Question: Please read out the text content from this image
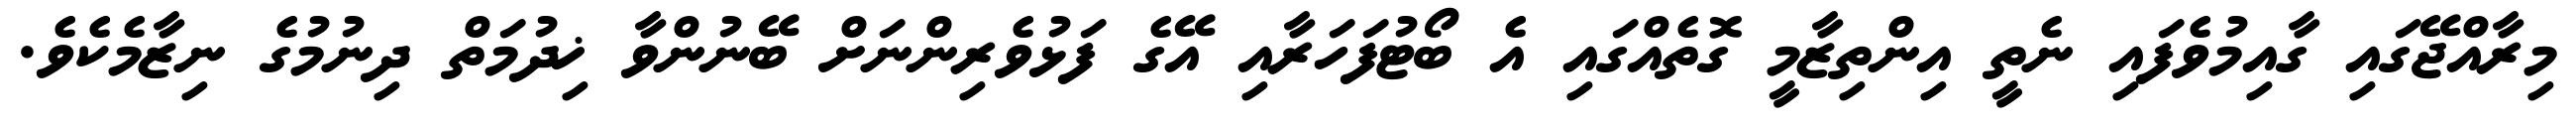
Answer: މިރާއްޖޭގައި ގާއިމުވެފައި ނެތީ އިންތިޒާމީ ގޮތެއްގައި އެ ބޯޓުފަހަރާއި އޭގެ ފަޅުވެރިންނަށް ބޭނުންވާ ޚިދުމަތް ދިނުމުގެ ނިޒާމެކެވެ.